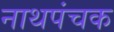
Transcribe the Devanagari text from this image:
नाथपंचक